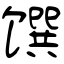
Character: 馔